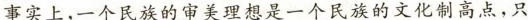
事实上,一个民族的审美理想是一个民族的文化制高点，只